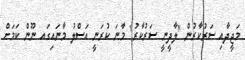
މަޖީދާއި ސަރުކާރުން "ލާދީނީ ސަރުކާރު" މާނަ ކުރަނީ އަސްލު މާނައިގައ ނޫން ކަމަށް